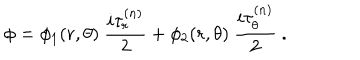
LaTeX: \phi = \phi _ { 1 } ( r , \theta ) \ \frac { i \tau _ { r } ^ { ( n ) } } { 2 } + \phi _ { 2 } ( r , \theta ) \ \frac { i \tau _ { \theta } ^ { ( n ) } } { 2 } \ .